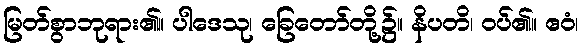
မြတ်စွာဘုရား၏။ ပါဒေသု၊ ခြေတော်တို့၌။ နိပတိ၊ ဝပ်၏။ ဧဝံ၊